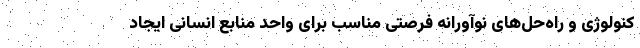
کنولوژی و راه‌حل‌های نوآورانه فرصتی مناسب برای واحد منابع انسانی ایجاد